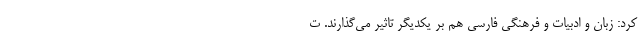
کرد: زبان و ادبیات و فرهنگی فارسی هم بر یکدیگر تاثیر می‌گذارند. ت